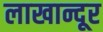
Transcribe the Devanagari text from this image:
लाखान्दूर